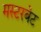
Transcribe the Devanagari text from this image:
मस्टरबेट